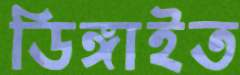
ডিঙ্গাইত